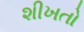
શીખતો